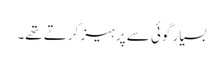
بسیار گوئی سے پرہیز کرتے تھے۔